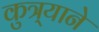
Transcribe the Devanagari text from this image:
कुत्र्याने